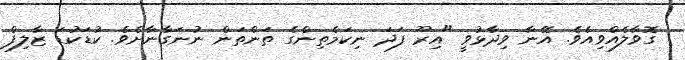
ގޮވާލެއްވިއެވެ. އޭނާ ވިދާޅުވީ "އިރޫ ފަދަ ނިކަމެތިންގެ ތަންތަން ނުނަގާނާށެވެ. ކުޑަކުޑަ ޒާލިފް